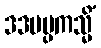
ဒဒမပ္ပကသ္မိံ